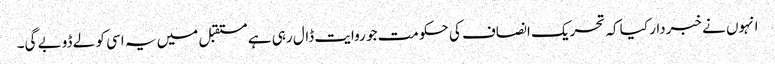
انہوں نے خبردار کیا کہ تحریک انصاف کی حکومت جو روایت ڈال رہی ہے مستقبل میں یہ اسی کو لے ڈوبے گی۔